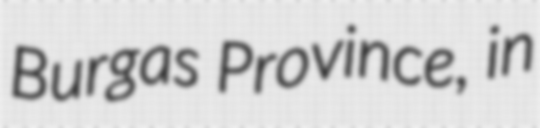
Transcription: Burgas Province, in